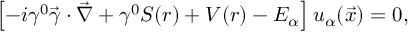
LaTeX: \left[ - i \gamma ^ { 0 } \vec { \gamma } \cdot \vec { \nabla } + \gamma ^ { 0 } S ( r ) + V ( r ) - { \cal E } _ { \alpha } \right] u _ { \alpha } ( \vec { x } ) = 0 ,